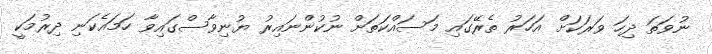
ނުވަތަ ދިހަ ވަރަކަށް އަހަރު ތެރޭގައި މަސައްކަތަށް ނުކުންނައިރު ޔުނިވާސްގައިވާ ހަމައެކަނި ދިރުމަކީ